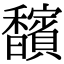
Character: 馪